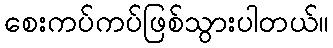
စေးကပ်ကပ်ဖြစ်သွားပါတယ်။